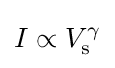
I\propto V_{\text{s}}^{\gamma }